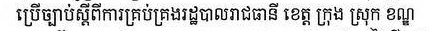
ប្រើច្បាប់ស្ដីពីការគ្រប់គ្រងរដ្ឋបាលរាជធានី ខេត្ត ក្រុង ស្រុក ខណ្ឌ